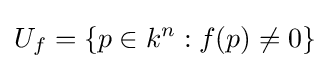
U_{f}=\{p\in k^{n}:f(p)\neq 0\}